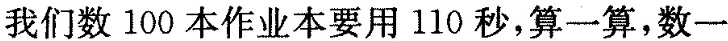
我们数 100 本作业本要用110秒，算一算，数一